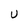
Character: U